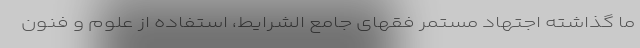
ما گذاشته اجتهاد مستمر فقهای جامع الشرایط، استفاده از علوم و فنون